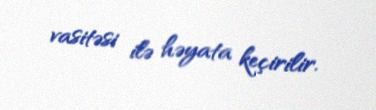
vasitəsi ilə həyata keçirilir.